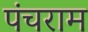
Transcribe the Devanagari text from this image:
पंचराम